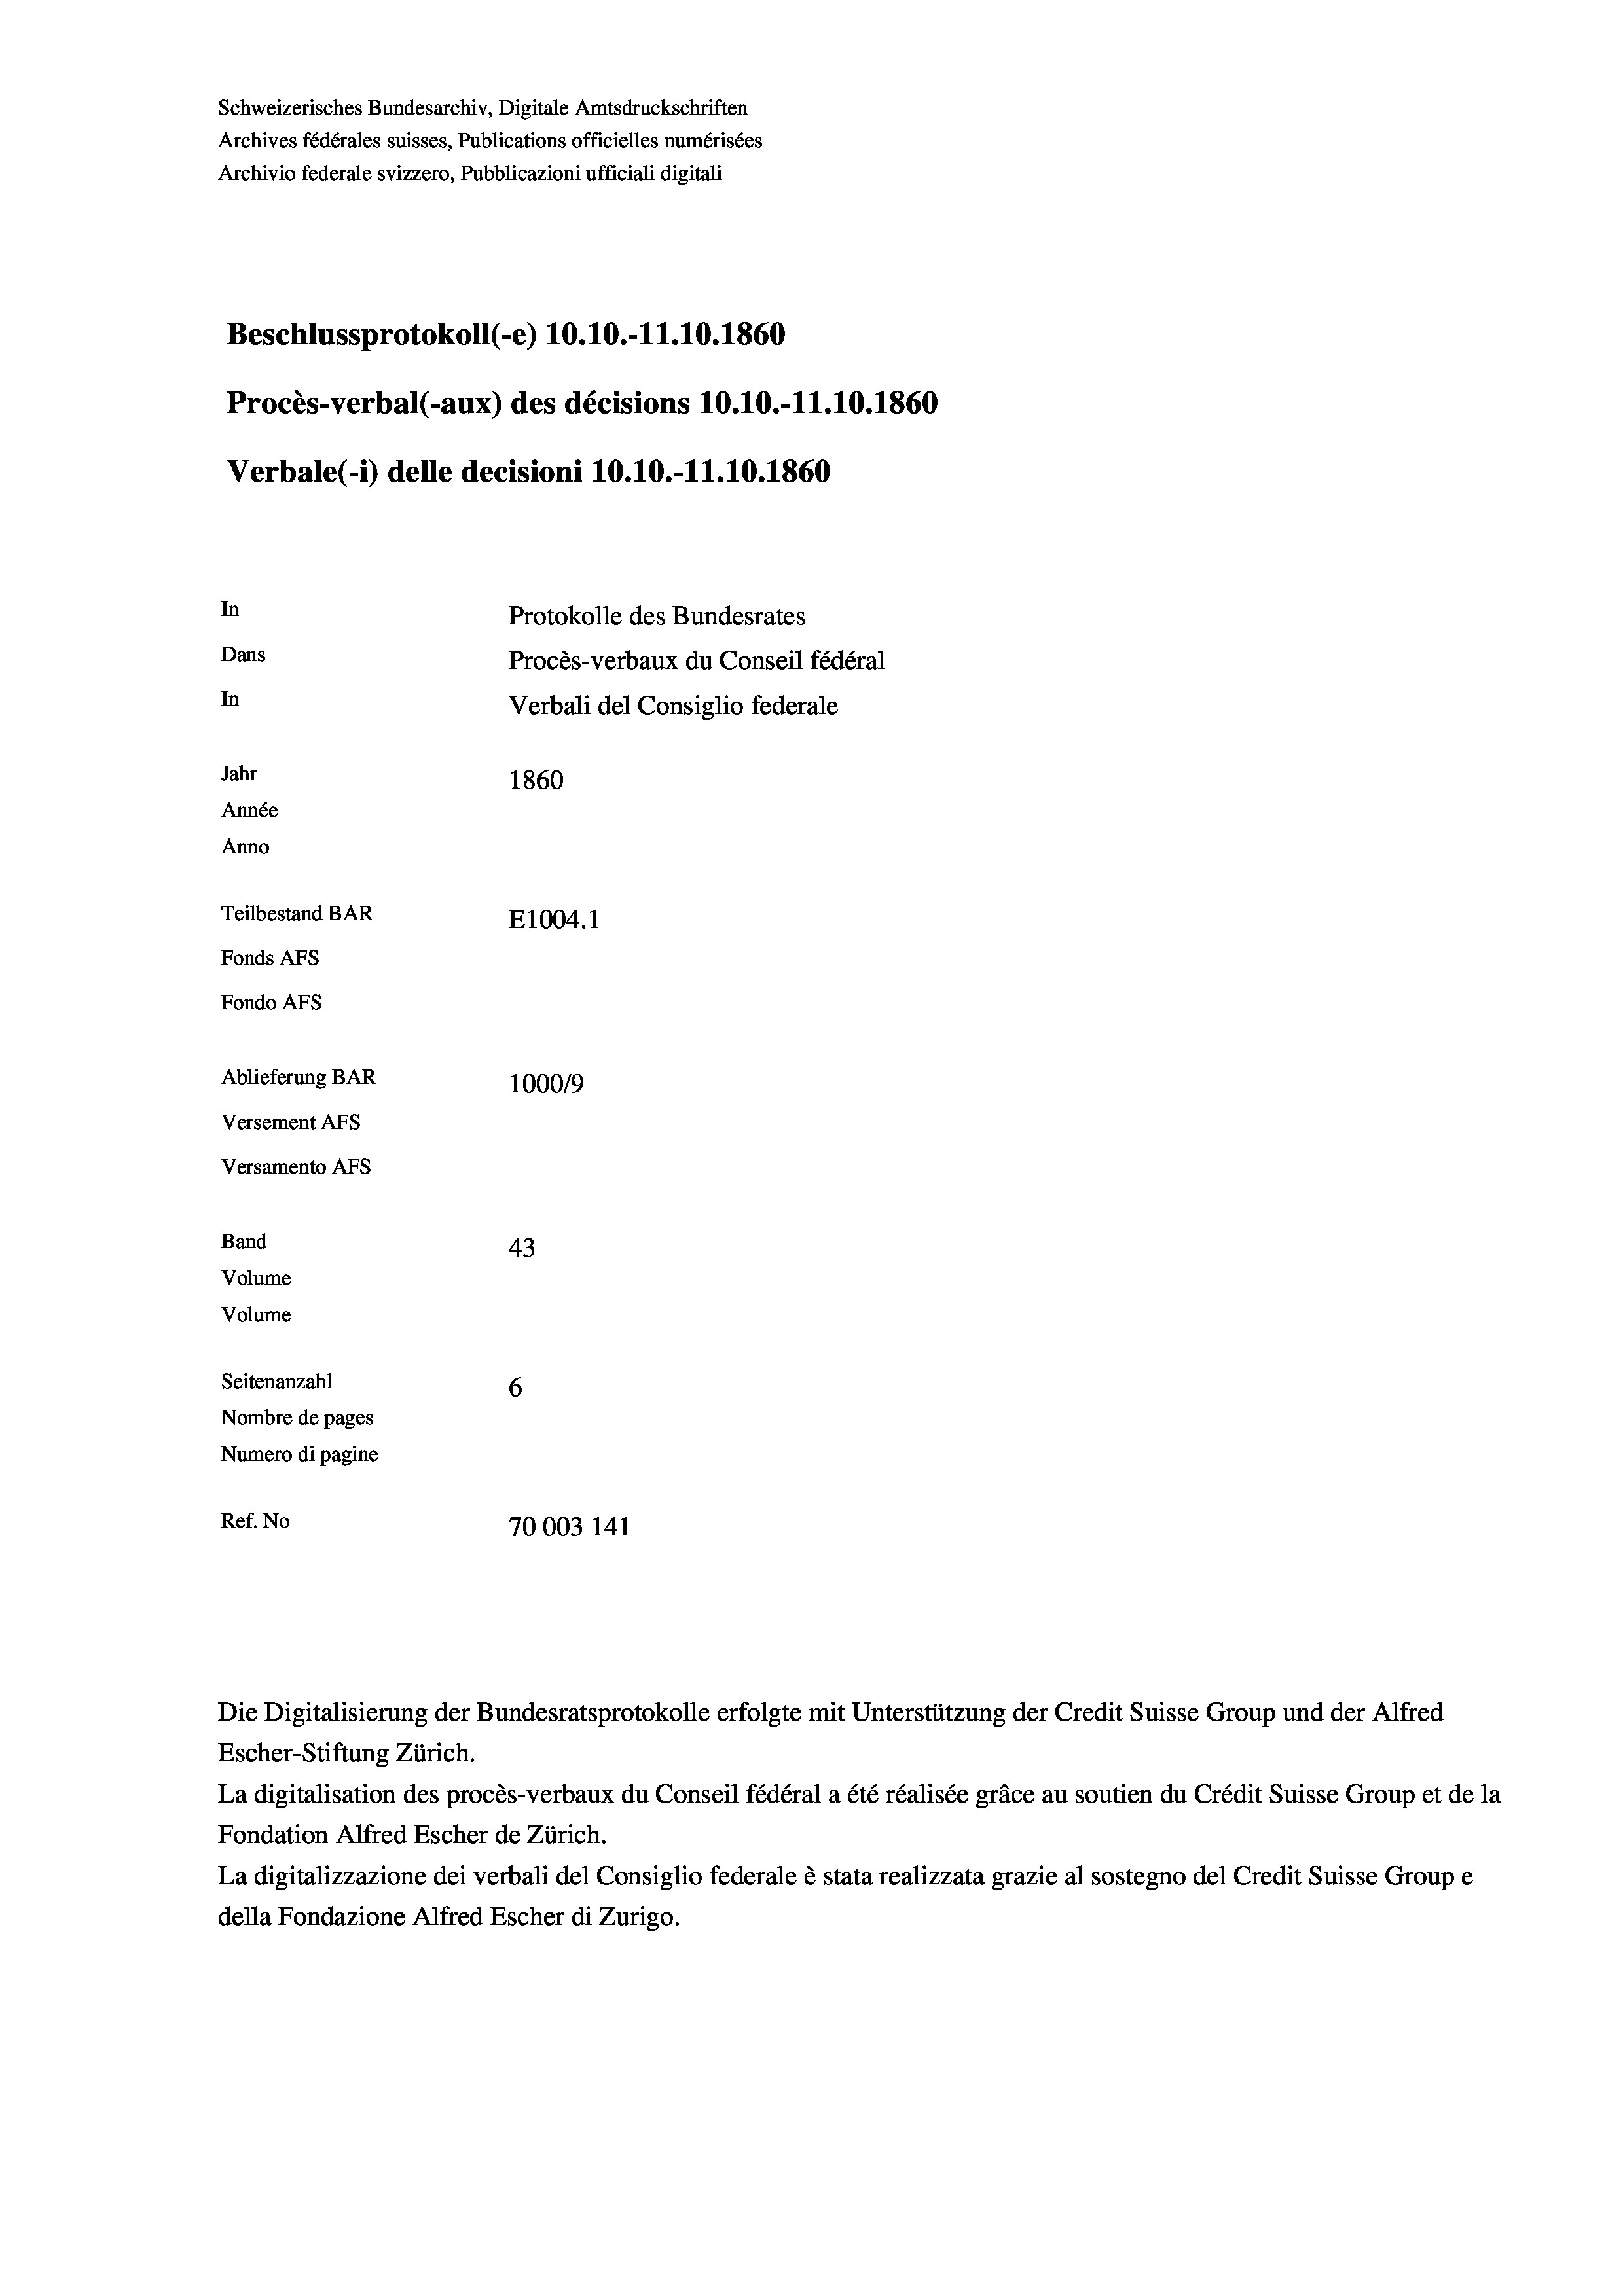
Schweizerisches Bundesarchiv, Digitale Amtsdruckschriften
Archives fédérales suisses, Publications officielles numérisées
Archivio federale svizzero, Pubblicazioni ufficiali digitali
Beschlussprotokoll (-e) 10.10.-11.10.1860
Procès-verbal (-aux) des décisions 10.10.-11.10.1860
Verbale(*) delle decisioni 10.10.-11.10.1860
In
Protokolle des Bundesrates
Dans
Procès-verbaux du Conseil fédéral
In
Verbali del Consiglio federale
Jahr
1860
Année
Anno
Teilbestand BAR
E1004. 1
Fonds AFs
Fondo Afs
Ablieferung BAR
100019

Versement AFs
Versamento Afs
Band
Volume
Volume

43
Seitenanzahl
6
Nombre de pages
Numero di pagine
Ref. No
70003 141

Die Digitalisierung der Bundesratsprotokolle erfolgte mit Unterstützung der Credit Suisse Group und der Alfred
Escher-Stiftung Zürich.
La digitalisation des procès-verbaux du Conseil fédéral a été réalisée gräce au soutien du Crédit Suisse Group et de la
Fondation Alfred Escher de Zürich.
La digitalizzazione dei verbali del Consiglio federale è stata realizzata grazie al sostegno del Credit Suisse Groupe
della Fondazione Alfred Escher di Zurigo.